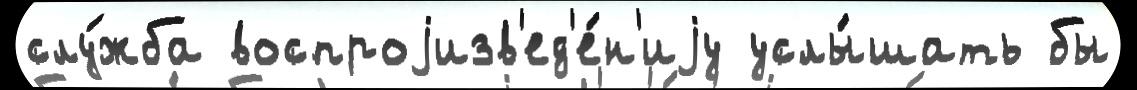
слу́жба воспроjизв'ед'е́н'иjу услы́шать бы